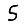
Digit: 5